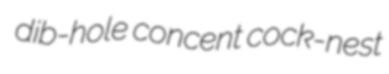
dib-hole concent cock-nest